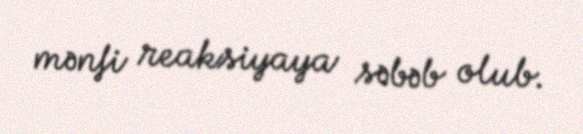
mənfi reaksiyaya səbəb olub.